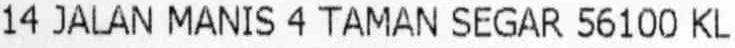
14 JALAN MANIS 4 TAMAN SEGAR 56100 KL